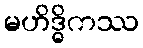
မဟိဒ္ဓိကဿ